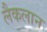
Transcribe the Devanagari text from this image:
लैकलान